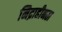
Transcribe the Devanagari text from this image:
निद्राहीनता